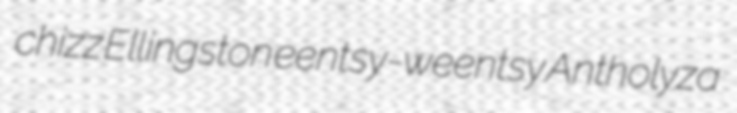
chizz Ellingston eentsy-weentsy Antholyza